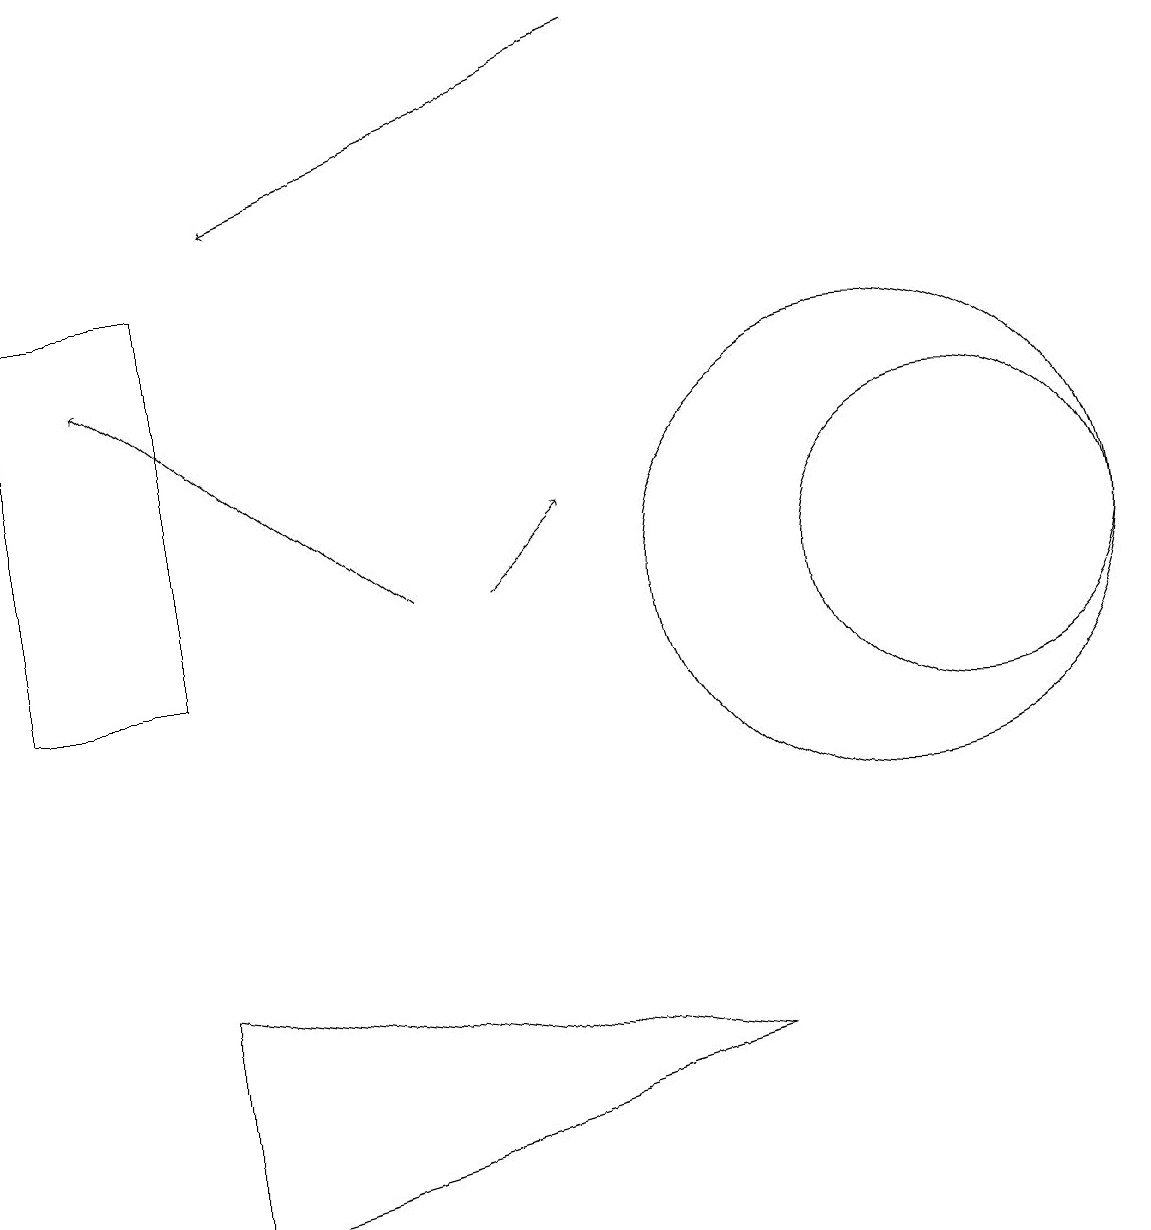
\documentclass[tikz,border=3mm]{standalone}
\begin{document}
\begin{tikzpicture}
\draw (11,11) circle (3);
\draw[->] (6,11) -- (7,12);
\draw[->] (5,11) -- (1,14);
\draw[->] (8,18) -- (3,16);
\draw (12,11) circle (2);
\draw (0,10) rectangle (2,15);
\draw (9,5) -- (2,6) -- (2,3) -- cycle;
\draw (10,11) circle (0);
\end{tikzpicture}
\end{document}